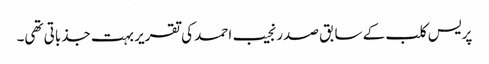
پریس کلب کے سابق صدر نجیب احمد کی تقریر بہت جذباتی تھی۔